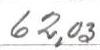
62,03